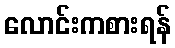
လောင်းကစားရန်